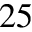
^ { 2 5 }